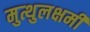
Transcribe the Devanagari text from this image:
मुत्थुलक्षमी